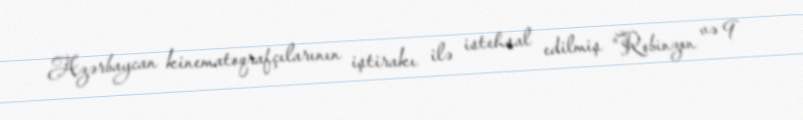
Azərbaycan kinematoqrafçılarının iştirakı ilə istehsal edilmiş “Robinzon və 9